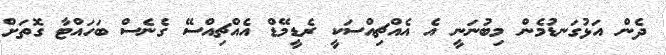
ދެން އަޅުގަނޑުމެން މިބުނަނީ އެ އެއްޗިއްސަކީ ރެޑީމޭޑް އެއްޗިއްސޭ ގެނެސް ބަހައްޓާ ގޮތަށް